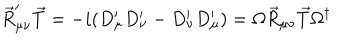
\vec { R } _ { \mu \nu } ^ { \prime } \vec { T } = - i ( D _ { \mu } ^ { \prime } D _ { \nu } ^ { \prime } - D _ { \nu } ^ { \prime } D _ { \mu } ^ { \prime } ) = \Omega \vec { R } _ { \mu \nu } \vec { T } \Omega ^ { \dagger }